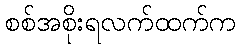
စစ်အစိုးရလက်ထက်က